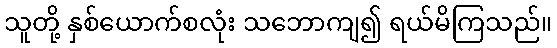
သူတို့ နှစ်ယောက်စလုံး သဘောကျ၍ ရယ်မိကြသည်။